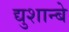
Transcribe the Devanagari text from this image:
द्युशान्बे